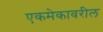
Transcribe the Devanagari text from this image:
एकमेकावरील